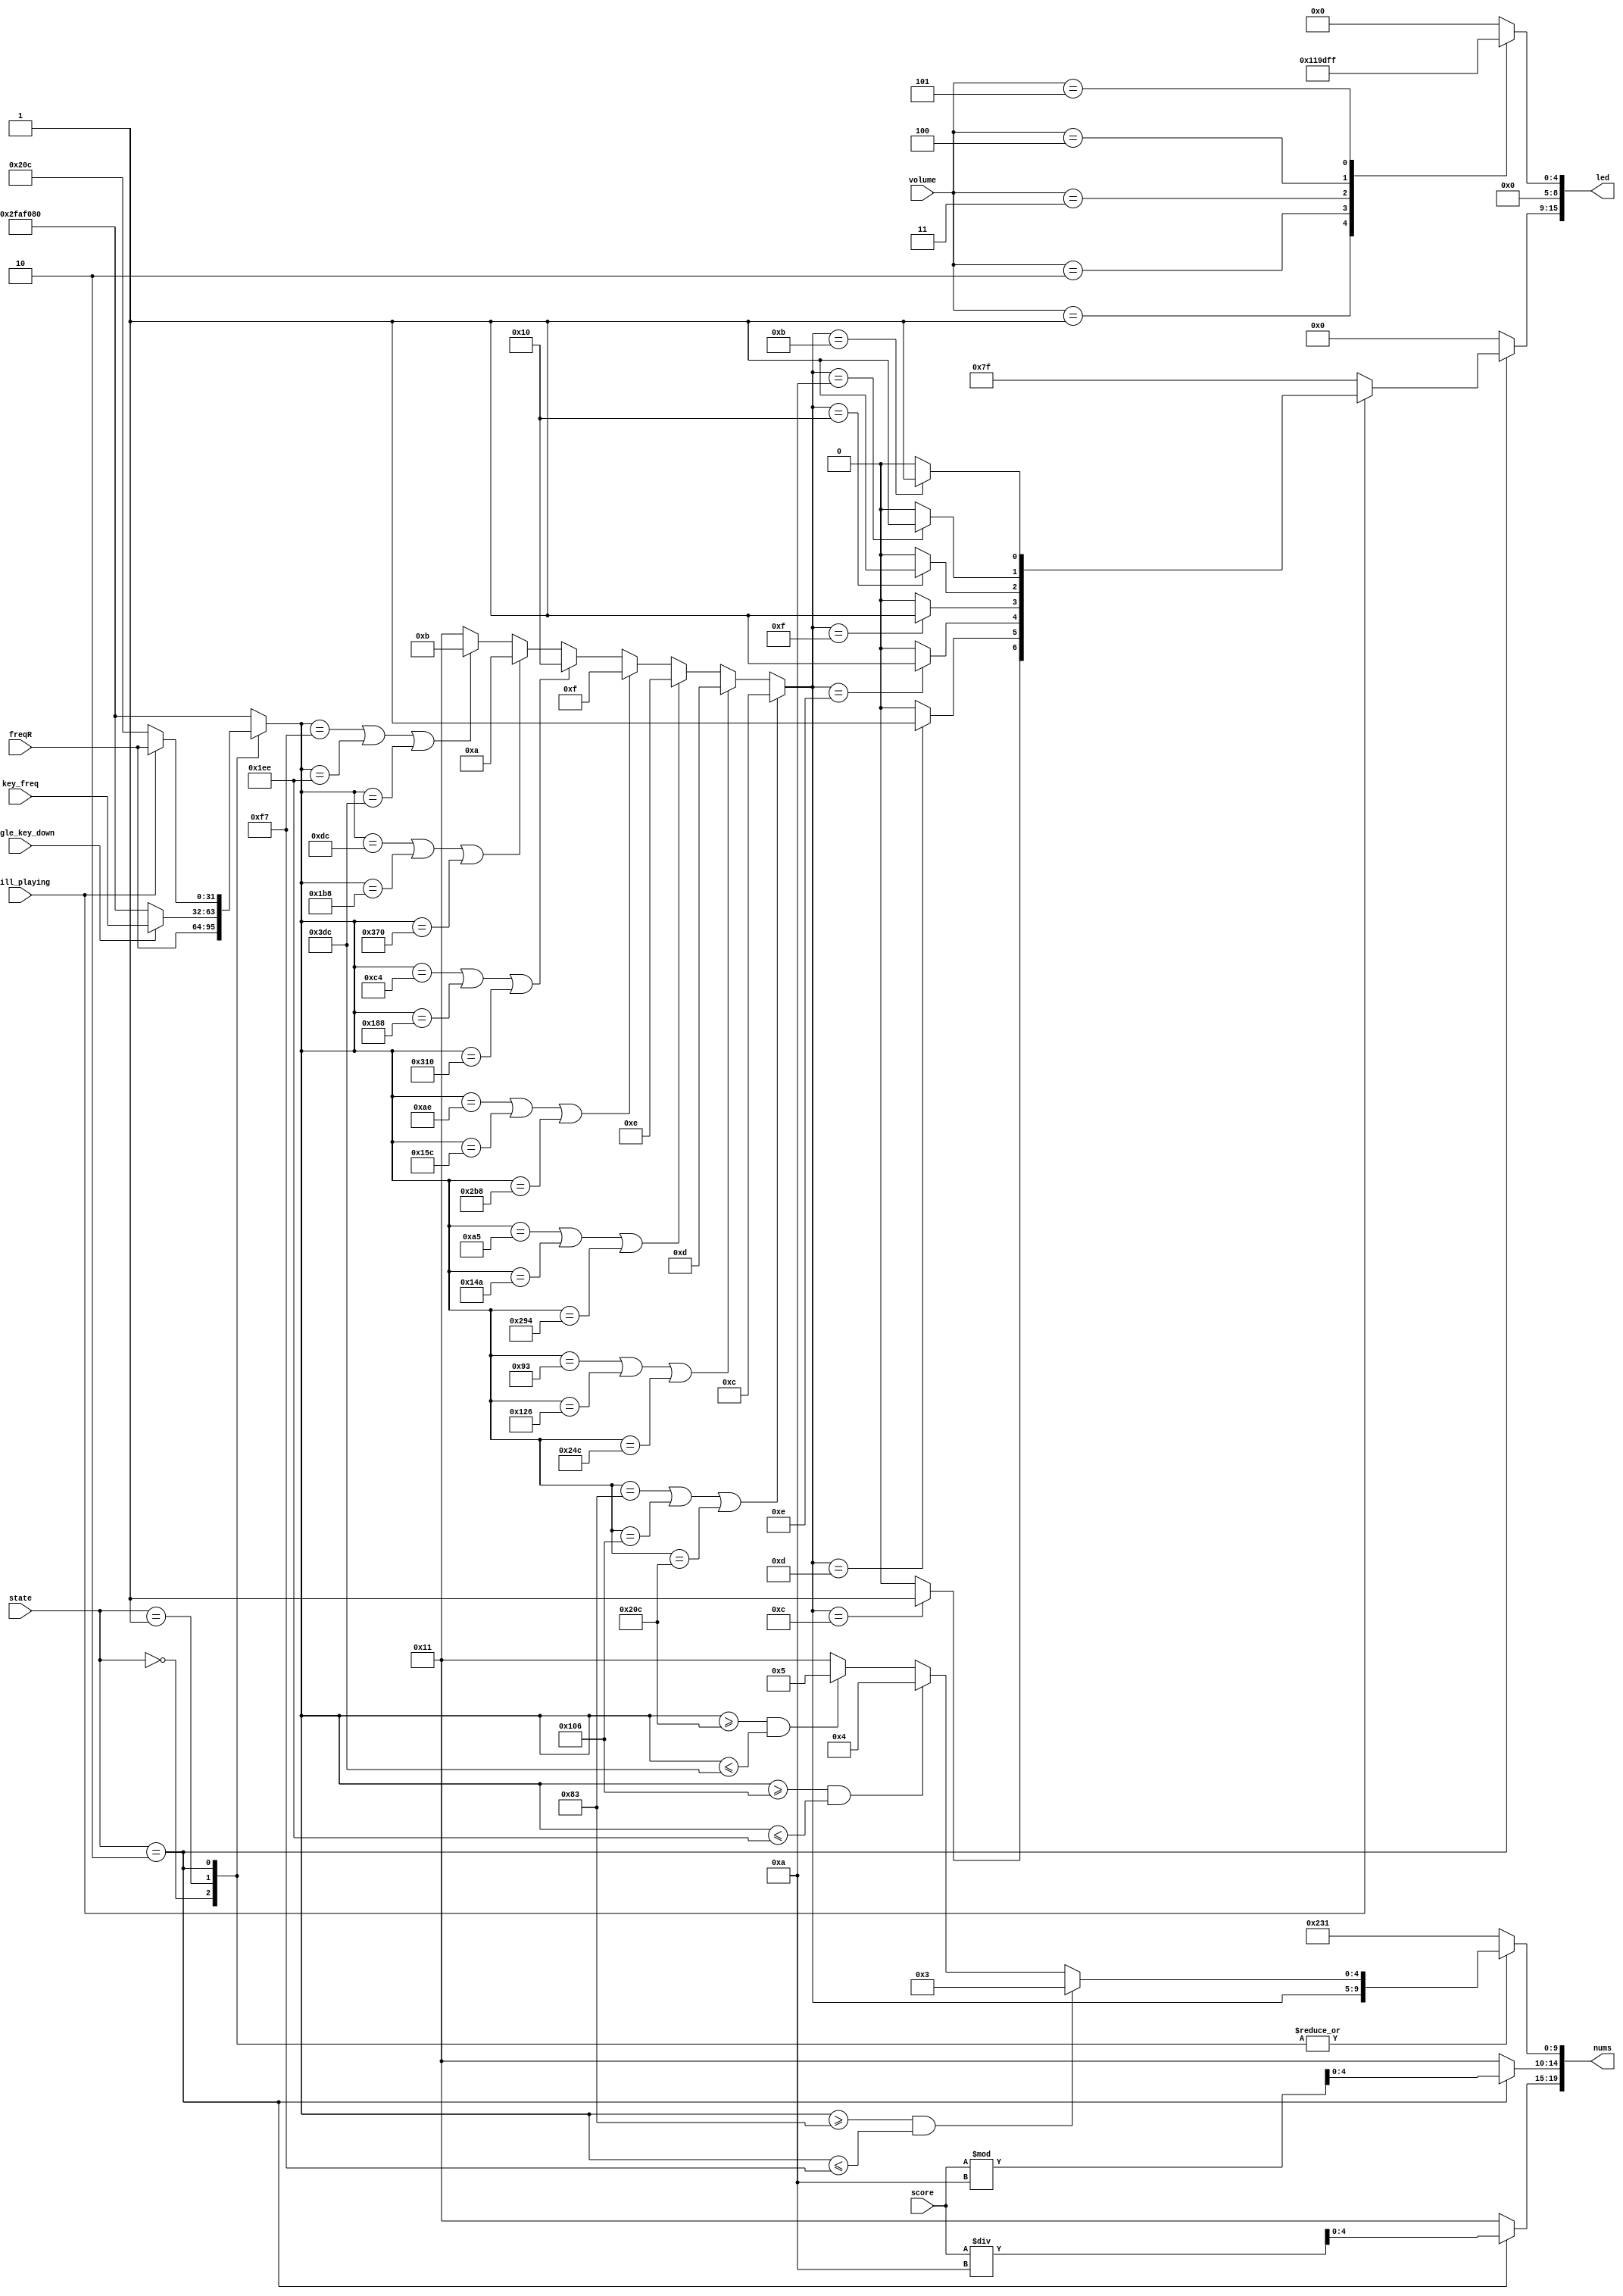
module nums_calculator(
    input [1:0] state,
    input [7:0] score,
    input still_playing,
    input single_key_down,
    input [31:0] key_freq, // freq from keyboard
    input [31:0] freqR,    // freq from music melody part
    input [2:0] volume,
    output [15:0] led,
    output reg [19:0] nums
);

parameter [1:0] DEMONSTRATE = 2'b00;
parameter [1:0] PIANO = 2'b01;
parameter [1:0] HELPER = 2'b10;

parameter [31:0] c3 = 32'd131; 
parameter [31:0] d3 = 32'd147;   
parameter [31:0] e3 = 32'd165;   
parameter [31:0] f3 = 32'd174;   
parameter [31:0] g3 = 32'd196;   
parameter [31:0] a3 = 32'd220;
parameter [31:0] b3 = 32'd247;
parameter [31:0] SILENCE = 32'd50_000_000; // silence

parameter [4:0] A_NUM = 5'd10;
parameter [4:0] B_NUM = 5'd11;
parameter [4:0] C_NUM = 5'd12;
parameter [4:0] D_NUM = 5'd13;
parameter [4:0] E_NUM = 5'd14;
parameter [4:0] F_NUM = 5'd15;
parameter [4:0] G_NUM = 5'd16;
parameter [4:0] DASH_NUM = 5'd17;

reg [31:0] freq;
reg [4:0] freq_char, freq_num; // e.g., freq=G5, then freq_char=G_NUM, freq_num=5
reg [6:0] led_left; // led[15:9]
reg [4:0] led_right; // led[4:0]

assign led = {led_left, 4'b0000, led_right};

// comb: freq
always @(*) begin
    freq = SILENCE;

    case (state)
        DEMONSTRATE: begin
            freq = freqR;
        end
        PIANO: begin
            if (single_key_down) freq = key_freq;
            else freq = SILENCE;
        end
        HELPER: begin
            if (still_playing) freq = freqR;
            else freq = (c3 << 2); // Hardcoded last note: C5
        end
    endcase
end

// Comb.: freq_char, freq_num
always @(*) begin
    // display -- by default
    freq_char = DASH_NUM;
    freq_num = DASH_NUM;

    // freq_num
    if (freq >= c3 && freq <= b3) freq_num = 5'd3;
    else if (freq >= (c3 << 1) && freq <= (b3 << 1)) freq_num = 5'd4;
    else if (freq >= (c3 << 2) && freq <= (b3 << 2)) freq_num = 5'd5;

    // freq_char
    if (freq == c3 || freq == (c3 << 1) || freq == (c3 << 2)) freq_char = C_NUM;
    else if (freq == d3 || freq == (d3 << 1) || freq == (d3 << 2)) freq_char = D_NUM;
    else if (freq == e3 || freq == (e3 << 1) || freq == (e3 << 2)) freq_char = E_NUM;
    else if (freq == f3 || freq == (f3 << 1) || freq == (f3 << 2)) freq_char = F_NUM;
    else if (freq == g3 || freq == (g3 << 1) || freq == (g3 << 2)) freq_char = G_NUM;
    else if (freq == a3 || freq == (a3 << 1) || freq == (a3 << 2)) freq_char = A_NUM;
    else if (freq == b3 || freq == (b3 << 1) || freq == (b3 << 2)) freq_char = B_NUM;
end

// comb: led_left, nums
always @(*) begin
    nums = {DASH_NUM, DASH_NUM, DASH_NUM, DASH_NUM};
    led_left = 7'b0_000_000;

    case (state)
        DEMONSTRATE: begin
            nums = {DASH_NUM, DASH_NUM, freq_char, freq_num};
        end
        PIANO: begin
            nums = {DASH_NUM, DASH_NUM, freq_char, freq_num};
        end
        HELPER: begin
            nums[19:15] = score / 10;
            nums[14:10] = score % 10;
            nums[9:0] = {freq_char, freq_num};
            
            case (freq_char)
                C_NUM: led_left[6] = 1'b1;
                D_NUM: led_left[5] = 1'b1;
                E_NUM: led_left[4] = 1'b1;
                F_NUM: led_left[3] = 1'b1;
                G_NUM: led_left[2] = 1'b1;
                A_NUM: led_left[1] = 1'b1;
                B_NUM: led_left[0] = 1'b1;
            endcase
            if (!still_playing) led_left = 7'b1_111_111;
        end
    endcase
end

// comb: led_right
always @(*) begin
    led_right = 5'b00_000;
    case (volume)
        3'd1: led_right = 5'b00_001;
        3'd2: led_right = 5'b00_011;
        3'd3: led_right = 5'b00_111;
        3'd4: led_right = 5'b01_111;
        3'd5: led_right = 5'b11_111;
    endcase
end

endmodule